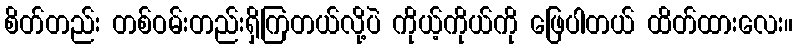
စိတ်တည်း တစ်ဝမ်းတည်းရှိကြတယ်လို့ပဲ ကိုယ့်ကိုယ်ကို ဖြေပါတယ် ထိတ်ထားလေး။